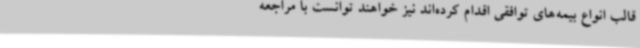
قالب انواع بیمه‌های توافقی اقدام کرده‌اند نیز خواهند توانست با مراجعه